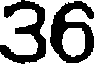
36